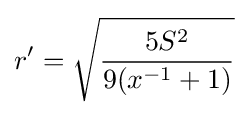
r'={\sqrt {\frac {5S^{2}}{9(x^{-1}+1)}}}